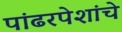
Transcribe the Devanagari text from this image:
पांढरपेशांचे